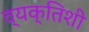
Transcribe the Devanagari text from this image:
व्यक्तिशी